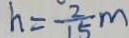
h = \frac { 2 } { 1 5 } m